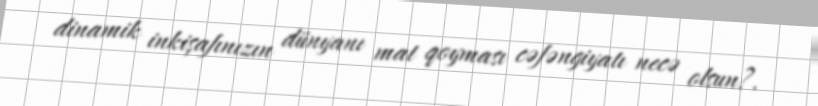
dinamik inkişafınızın dünyanı mat qoyması cəfəngiyatı necə olsun?.